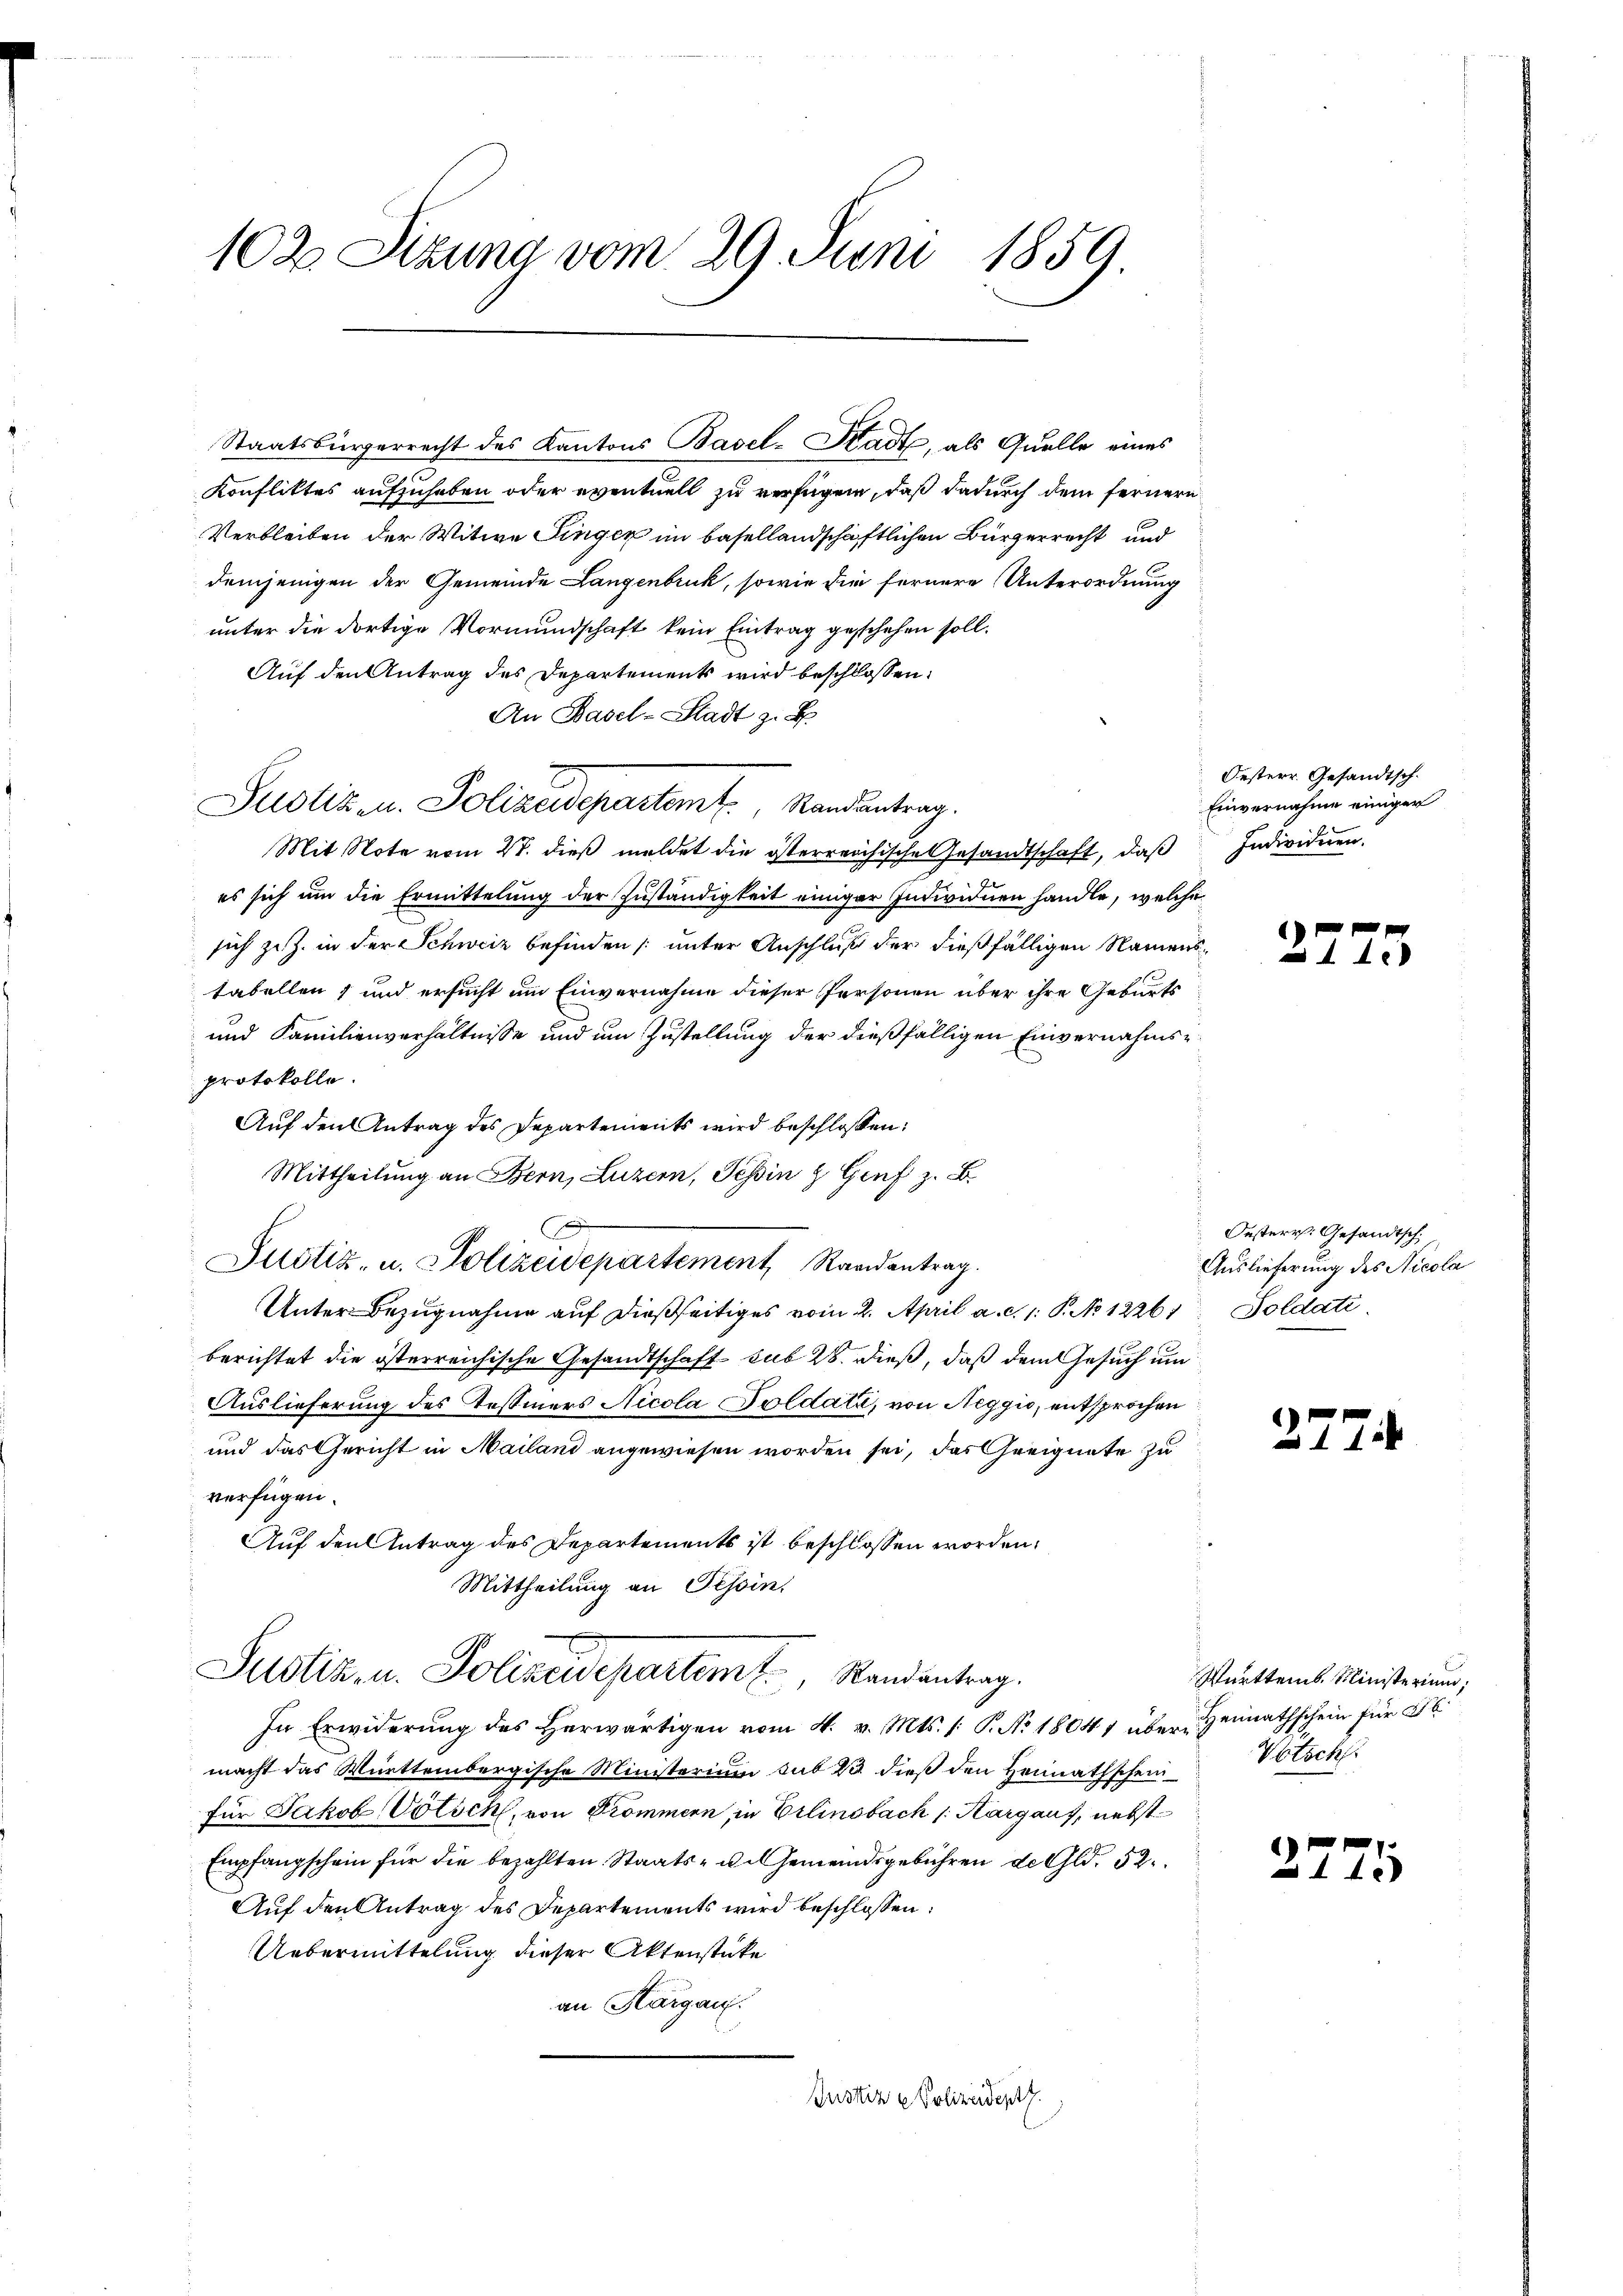
102 Sitzung vom 29. Juni 1859.

Staatsbürgerrecht des Kantons Basel-Stadt, als Quelle eines
Konfliktes aufzuheben oder eventuell zu verfügen, daß dadurch dem fernern
Verbleiben der Witwe Finger im basellandschaftlichen Bürgerrecht und
demjenigen der Gemeinde Langenbruck, sowie die fernere Unterordnung
unter die dortige Vormundschaft kein Eintrag geschehen soll.
Auf den Antrag des Departements wird beschlossen:
An Basel-Stadt z. B.
Justiz u. Polizeidepartem Randantrag.
Mit Note vom 27. dieß meldet die österreichische Gesandtschaft, daß
es sich um die Ermittelung der Zuständigkeit einiger Individuen handle, welche
sich zu Z. in der Schweiz befinden (unter Anschluß der dießfälligen Namenstabellen, und ersucht um Einvernahme dieser Personen über ihre Geburts
und Familienverhältnisse und um Zustellung der dießfälligen Einvernahmsprotokolle.
Auf den Antrag des Departements wird beschlossen:
Mittheilung an Bern, Luzern, Teßin & Genf z. B.
d
Justiz- u. Polizeidepartement, Randantrag.
Unter Bezugnahme auf dießseitiges vom 2. April a. c. 1: P. No 12261
berichtet die österreichische Gesandtschaft sub 28. dieß, daß dem Gesuch um
Auslieferung des Tessiners Nicola Soldate, von Neggio, entsprochen
und das Gericht in Mailand angewiesen worden sei, das Greignate zu
verfügen.
Auf den Antrag des Departements ist beschlossen worden,
Mittheilung an Tessin,
Justiz- u. Polizeidepartem E. Randantrag.
In Erwiderung des Herwärtigen vom 4. v. Mts. /: P. No 1804 über Heimathschein für 86
macht das Württembergische Ministerium sub 23 dieß den Heimathscheintsch
für Jakob Votsch, von Trommern in Erlinsbach /:Kargaus, nebst
Empfangschein für die bezahlten Staats- u. Gemeindsgebühren de Gld. 52
Auf den Antrag des Departements wird beschlossen:
Uebermittelung dieser Aktenstücke
an Thurgau.
Justiz & Polizeidert.

Oesterr. Gesandtsch.
Einvernahme einiger
Individuen.

)
a 4 te

Oesterr. Gesandtsch,
Auslieferung des Nicola
Soldati

)

.

Württemb. Ministerium,

37

25